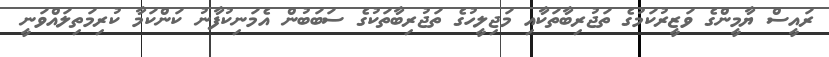
ރައީސް ޔާމީންގެ ވަޒީރުކަމުގެ ތަޖުރިބާތަކާއި މަޖިލީހުގެ ތަޖުރިބާތަކުގެ ސަބަބުން އެމަނިކުފާނު ކަންކަމާ ކުރިމަތިލައްވަނީ